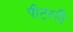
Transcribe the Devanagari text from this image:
पीटरही